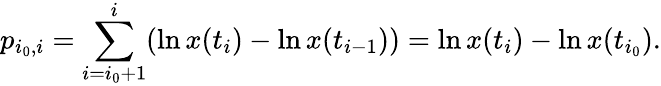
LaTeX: p_{i_{0},i}=\sum_{i=i_{0}+1}^{i}(\ln x(t_{i})-\ln x(t_{i-1}))=\ln x(t_{i})-\ln x(t_{i_{0}}).